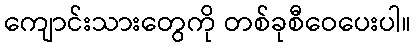
ကျောင်းသားတွေကို တစ်ခုစီဝေပေးပါ။